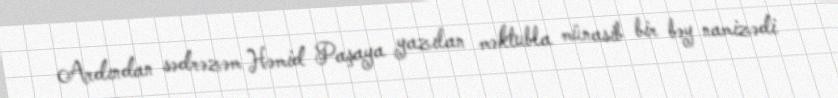
Ardından sədrəzəm Həmid Paşaya yazılan məktubla münasib bir bəy namizədi